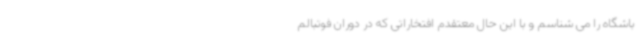
باشگاه را می شناسم و با این حال معتقدم افتخاراتی که در دوران فوتبالم